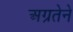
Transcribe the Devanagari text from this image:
अग्रतेने